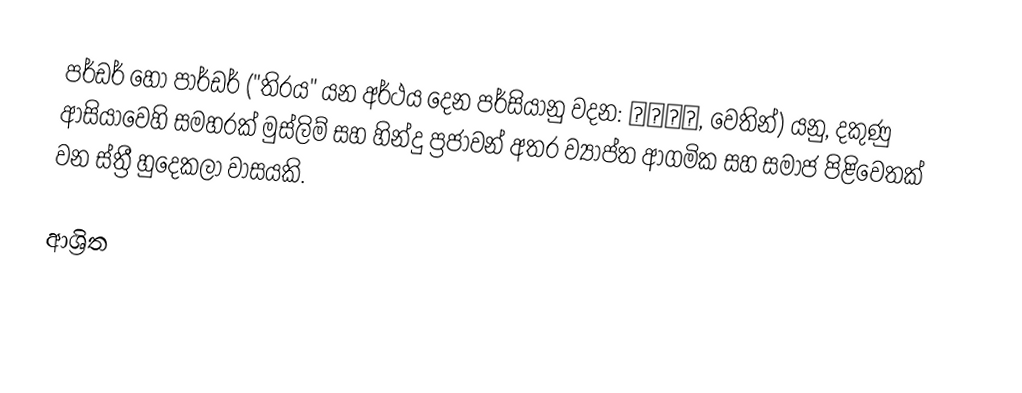
පර්ඩර් හෝ පාර්ඩර් ("තිරය" යන අර්ථය දෙන  පර්සියානු වදන: پرده, වෙතින්) යනු,  දකුණු ආසියාවෙහි සමහරක් මුස්ලිම් සහ හින්දු ප්‍රජාවන් අතර ව්‍යාප්ත ආගමික සහ සමාජ පිළිවෙතක් වන ස්ත්‍රී හුදෙකලා වාසයකි.

ආශ්‍රිත